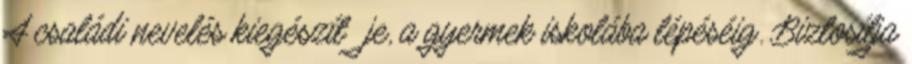
A családi nevelés kiegészítıje, a gyermek iskolába lépéséig. Biztosítja